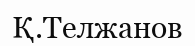
Қ.Телжанов